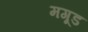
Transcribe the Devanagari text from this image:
मगूड